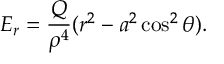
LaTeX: E _ { r } = \frac { Q } { \rho ^ { 4 } } ( r ^ { 2 } - a ^ { 2 } \cos ^ { 2 } \theta ) .